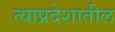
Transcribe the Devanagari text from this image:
त्याप्रदेशातील